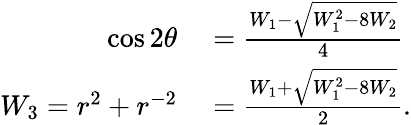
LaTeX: \begin{array}{rl}{\cos 2\theta}&{{}=\frac{W_{1}-\sqrt{W_{1}^{2}-8W_{2}}}{4}}\\ {W_{3}=r^{2}+r^{-2}}&{{}=\frac{W_{1}+\sqrt{W_{1}^{2}-8W_{2}}}{2}.}\end{array}